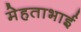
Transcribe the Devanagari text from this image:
मेहताभाई